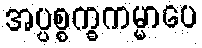
အပ္ပစ္စက္ခကမ္မာပေ